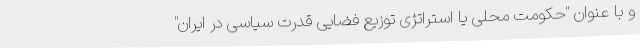
و با عنوان "حکومت محلی یا استراتژی توزیع فضایی قدرت سیاسی در ایران"